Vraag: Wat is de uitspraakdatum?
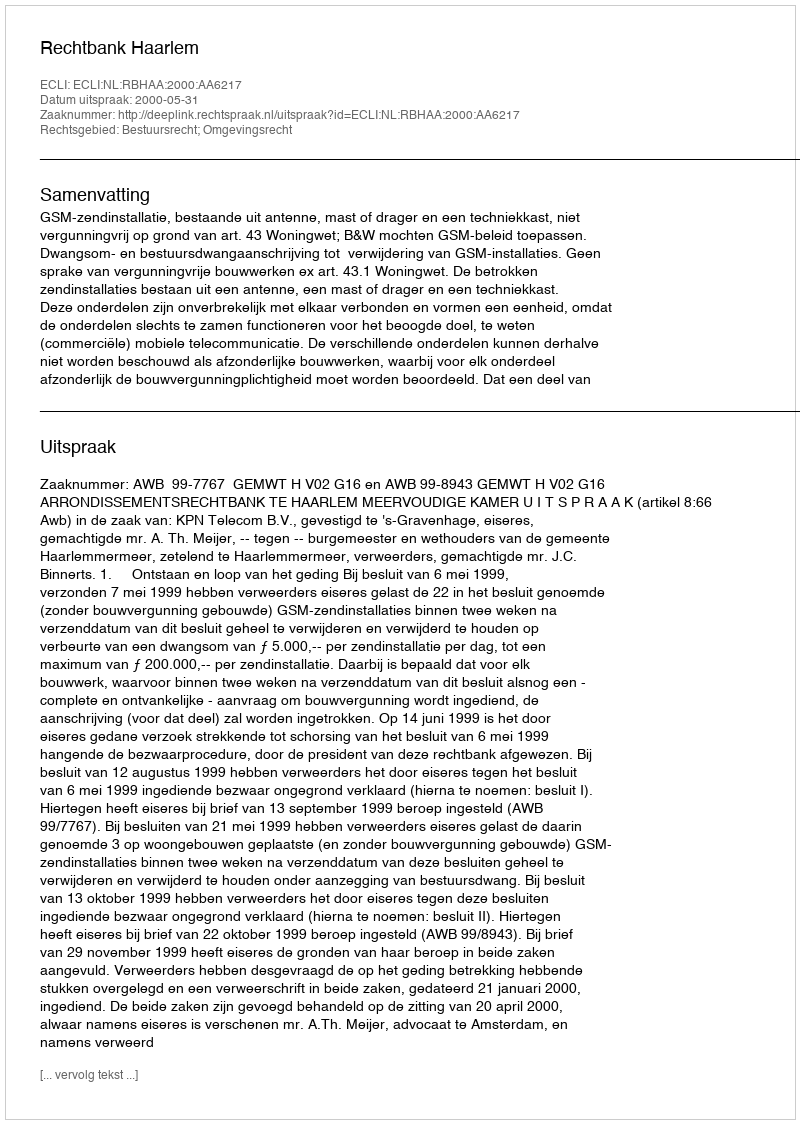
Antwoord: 2000-05-31